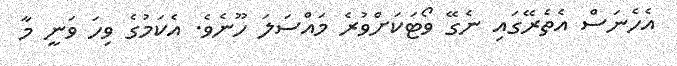
އެހެނަސް އެތެރޭގައި ނެގޭ ވޯޓަކަށްވުރެ މައްސަލަ ހޫނެވެ. އެކަމުގެ ވިހަ ވަނީ މާ